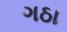
ગઠા